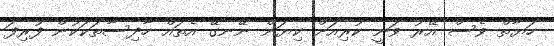
ހަޔާތް ވެސް އޭރު ވަނީ ކުރިއަށް ކިޔަން ނޭނގޭ އެތައް ހާދިސާތަކަކުން ފުރިފަ